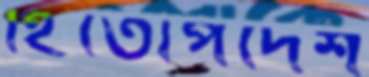
হিতোপদেশ